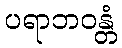
ပရာဘဝန္တံ